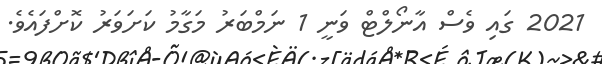
2021 ގައި ވެސް އާނޯލްޓް ވަނީ 1 ނަމްބަރު މަގާމު ކަށަވަރު ކޮށްފައެވެ.